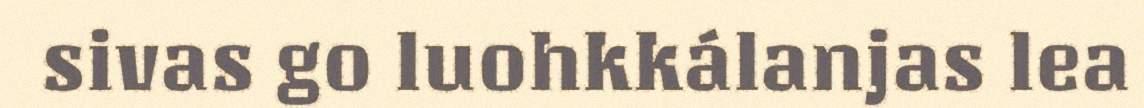
sivas go luohkkálanjas lea